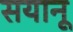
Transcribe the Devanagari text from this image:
सयानू